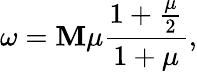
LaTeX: \omega=\mathbf{M}\mu\frac{{1+\frac{{\mu}}{2}}}{{1+\mu}},